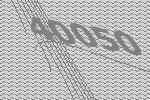
40050